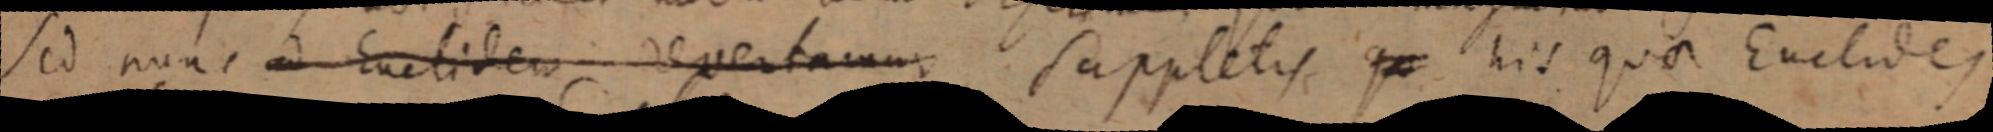
sed nunc ad Euclidem revertamur. suppletis qu his quae Euclides